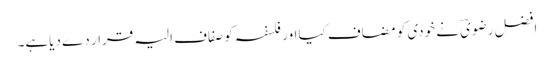
افضل رضویؔ نے خودی کو مضاف کیااور فلسفہ کوصفاف الیہ قرار دے دیاہے۔